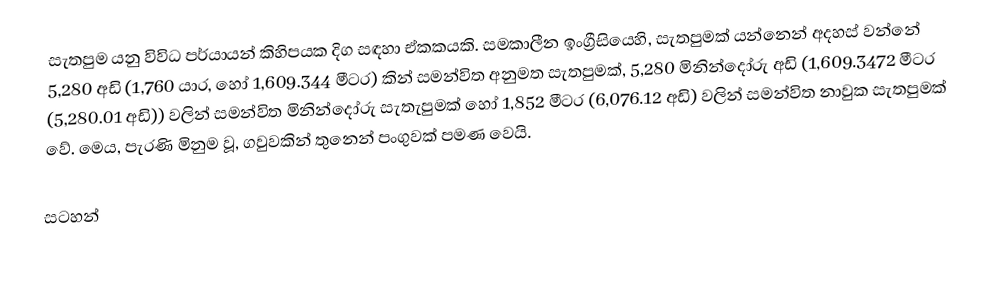
සැතපුම යනු විවිධ පර්යායන් කිහිපයක දිග සඳහා ඒකකයකි. සමකාලීන ඉංග්‍රීසියෙහි, සැතපුමක් යන්නෙන් අදහස් වන්නේ 5,280 අඩි (1,760 යාර, හෝ 1,609.344 මීටර) කින් සමන්විත අනුමත සැතපුමක්, 5,280 මිනින්දෝරු අඩි (1,609.3472 මීටර (5,280.01 අඩි))  වලින් සමන්විත  මිනින්දෝරු සැතැපුමක් හෝ 1,852 මීටර (6,076.12 අඩි) වලින් සමන්විත නාවුක සැතපුමක් වේ. මෙය, පැරණි මිනුම වූ, ගවුවකින් තුනෙන් පංගුවක් පමණ වෙයි.

සටහන්